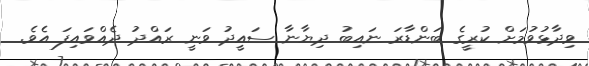
ވިދާޅުވުމަށް ކުރީގެ ބަންޑާރަ ނައިބު ދިޔާނާ ސައީދު ވަނީ ރައްދު ދެއްވައިފަ އެވެ.